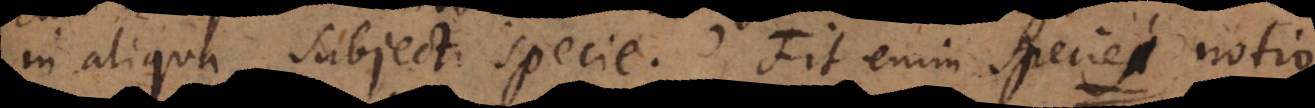
in aliqua subjecti specie. Fit enim species speciei